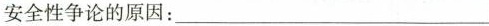
安全性争论的原因：___